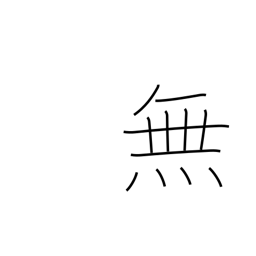
Meaning: not